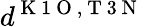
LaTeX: d^{\mathrm{~K~1~O~},\mathrm{~T~3~N~}}